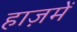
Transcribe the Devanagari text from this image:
हाज़में